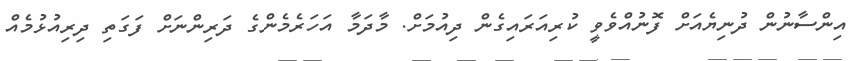
އިންސާނުން ދުނިޔެއަށް ފޮނުއްވެވީ ކުރިއަރައިގެން ދިއުމަށް. މާދަމާ އަހަރެމެންގެ ދަރިންނަށް ފަގަތި ދިރިއުޅުމެއް